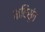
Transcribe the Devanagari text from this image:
कविसुंत